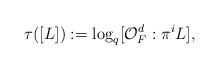
LaTeX: \begin{align*}\tau([L]):=\log_q[\mathcal{O}_F^d:\pi^i L],\end{align*}